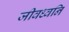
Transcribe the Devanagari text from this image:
जीवध्वनि